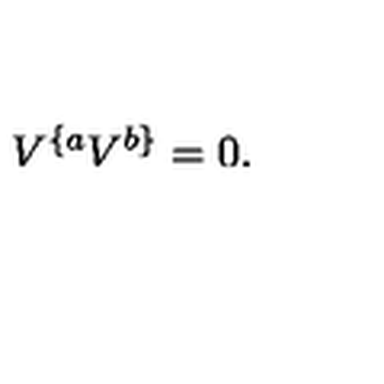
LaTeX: V ^ { \{ a } V ^ { b \} } = 0 .